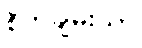
စိတ်ချမ်းသာ